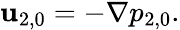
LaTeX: \begin{array}{r}{\mathbf{u}_{2,0}=-\nabla p_{2,0}.}\end{array}